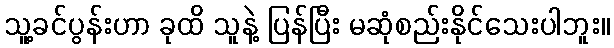
သူ့ခင်ပွန်းဟာ ခုထိ သူနဲ့ ပြန်ပြီး မဆုံစည်းနိုင်သေးပါဘူး။